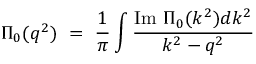
\Pi _ { 0 } ( q ^ { 2 } ) \ = \ \frac 1 \pi \int \frac { \mathrm { I m ~ } \Pi _ { 0 } ( k ^ { 2 } ) d k ^ { 2 } } { k ^ { 2 } - q ^ { 2 } }